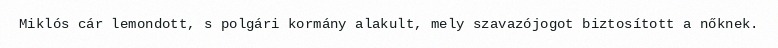
Miklós cár lemondott, s polgári kormány alakult, mely szavazójogot biztosított a nőknek.